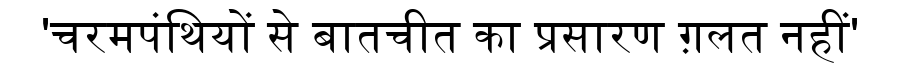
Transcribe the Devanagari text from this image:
'चरमपंथियों से बातचीत का प्रसारण ग़लत नहीं'